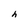
Character: h